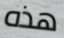
هذه